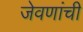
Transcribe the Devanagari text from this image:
जेवणांची